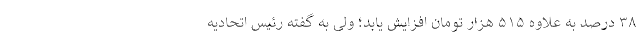
۳۸ درصد به علاوه ۵۱۵ هزار تومان افزایش یابد؛ ولی به گفته رئیس اتحادیه